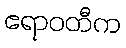
ဧရာဝတီက